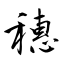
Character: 穗